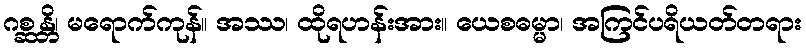
ဂစ္ဆန္တိ၊ မရောက်ကုန်။ အဿ၊ ထိုရဟန်းအား။ ယေစဓမ္မာ၊ အကြင်ပရိယတ်တရား